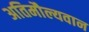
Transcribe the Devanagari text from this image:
अतिमौल्यवान